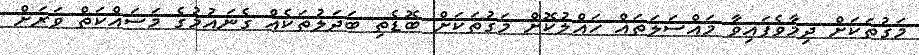
މަގުތަކަށް ދިމާވެފައިވާ މައްސަލަތައް ހައްލުކޮށް މަގުތަކަށް ބޮޑެތި ބަދަލުތަކެއް ގެނައުމުގެ މަސައްކަތް ވަރަށް